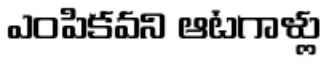
ఎంపికవని ఆటగాళ్లు